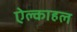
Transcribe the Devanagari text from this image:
ऐल्काहल